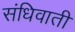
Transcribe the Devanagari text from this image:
संधिवाती